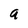
Character: a